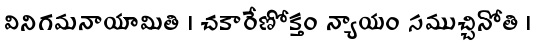
వినిగమనాయామితి । చకారేణోక్తం న్యాయం సముచ్చినోతి ।